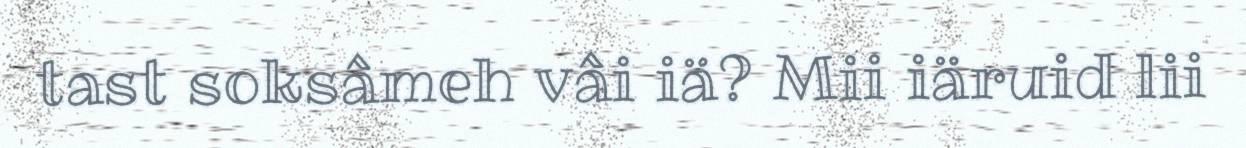
tast soksâmeh vâi iä? Mii iäruid lii